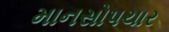
માનસોપચાર